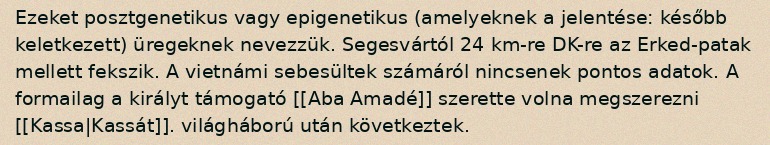
Ezeket posztgenetikus vagy epigenetikus (amelyeknek a jelentése: később keletkezett) üregeknek nevezzük. Segesvártól 24 km-re DK-re az Erked-patak mellett fekszik. A vietnámi sebesültek számáról nincsenek pontos adatok. A formailag a királyt támogató [[Aba Amadé]] szerette volna megszerezni [[Kassa|Kassát]]. világháború után következtek.